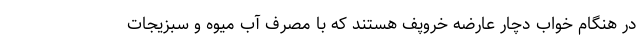
در هنگام خواب دچار عارضه خروپف هستند که با مصرف آب میوه و سبزیجات